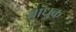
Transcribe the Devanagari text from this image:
बांधूक